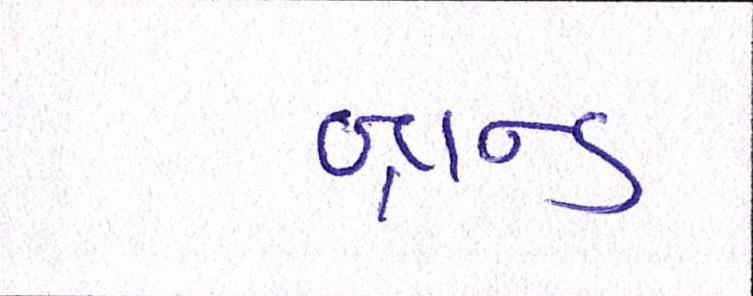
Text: બ્રાન્ડ